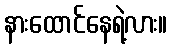
နားထောင်နေရဲ့လား။